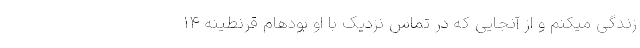
زندگی میکنم و از آنجایی که در تماس نزدیک با او بودهام قرنطینهٔ ۱۴